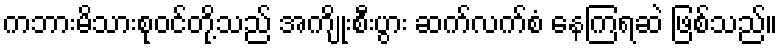
ကဘားမိသားစုဝင်တို့သည် အကျိုးစီးပွား ဆက်လက်စံ နေကြရဆဲ ဖြစ်သည်။